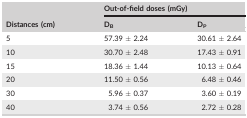
| <ROWSPAN=2> Distances (cm) | <COLSPAN=2> Out‐of‐field doses (mGy) |
 | DB | DP |
 | --- | --- | --- |
 | 5 | 57.39 ± 2.24 | 30.61 ± 2.64 |
 | 10 | 30.70 ± 2.48 | 17.43 ± 0.91 |
 | 15 | 18.36 ± 1.44 | 10.13 ± 0.64 |
 | 20 | 11.50 ± 0.56 | 6.48 ± 0.46 |
 | 30 | 5.96 ± 0.37 | 3.60 ± 0.19 |
 | 40 | 3.74 ± 0.56 | 2.72 ± 0.28 |